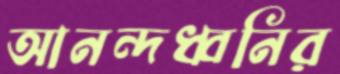
আনন্দধ্বনির